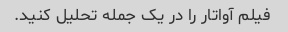
فیلم آواتار را در یک جمله تحلیل کنید.